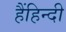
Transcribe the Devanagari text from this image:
हैंहिन्दी